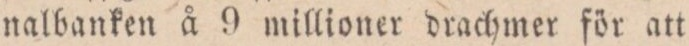
nalbanken å 9 millioner drachmer för att